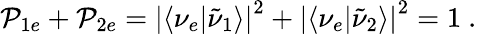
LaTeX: \mathcal{P}_{1e}+\mathcal{P}_{2e}=\left|\langle\nu_{e}|\tilde{{\nu}}_{1}\rangle\right|^{2}+\left|\langle\nu_{e}|\tilde{{\nu}}_{2}\rangle\right|^{2}=1\ .